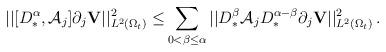
LaTeX: \begin{align*}||[D^{\alpha}_{\ast},\mathcal{A}_j]\partial_j{\mathbf V}||^2_{L^2(\Omega_t)}\leq & \sum_{0<\beta\leq\alpha}||D^{\beta}_{\ast}\mathcal{A}_jD^{\alpha-\beta}_{\ast}\partial_j{\mathbf V}||^2_{L^2(\Omega_t)}\,.\end{align*}